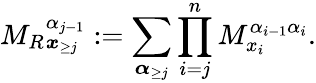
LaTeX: {M_{R}}_{\boldsymbol x_{\ge j}}^{\alpha_{j-1}}:=\sum_{\boldsymbol{\alpha}_{\ge j}}\prod_{i=j}^{n}M_{x_{i}}^{\alpha_{i-1}\alpha_{i}}.